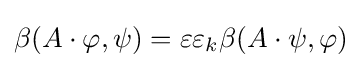
\beta (A\cdot \varphi ,\psi )=\varepsilon \varepsilon _{k}\beta (A\cdot \psi ,\varphi )